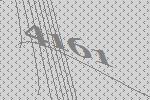
4161